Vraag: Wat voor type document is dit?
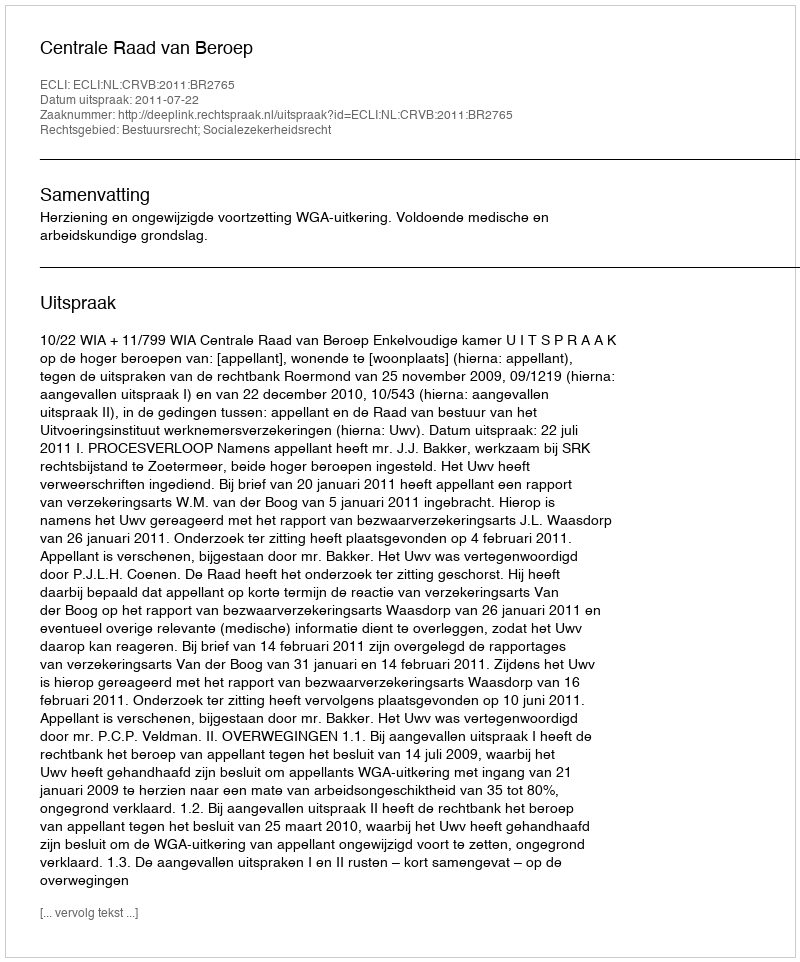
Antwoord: Uitspraak